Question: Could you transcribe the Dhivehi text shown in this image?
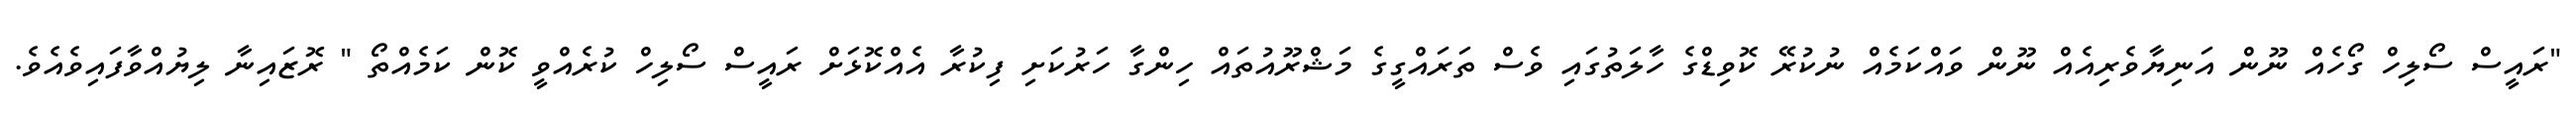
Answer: "ރައީސް ސޯލިހް ގޯހެއް ނޫން އަނިޔާވެރިއެއް ނޫން ވައްކަމެއް ނުކުރޭ ކޮވިޑްގެ ހާލަތުގައި ވެސް ތަރައްގީގެ މަޝްރޫއުތައް ހިންގާ ހަރުކަށި ފިކުރާ އެއްކޮޅަށް ރައީސް ސޯލިހް ކުރެއްވީ ކޮން ކަމެއްތޯ " ރޮޒައިނާ ލިޔުއްވާފައިވެއެވެ.